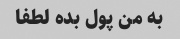
به من پول بده لطفا